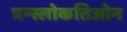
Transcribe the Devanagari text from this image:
त्रन्स्लोकतिओन